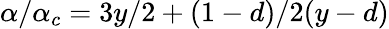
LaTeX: \alpha/\alpha_{c}=3y/2+(1-d)/2(y-d)